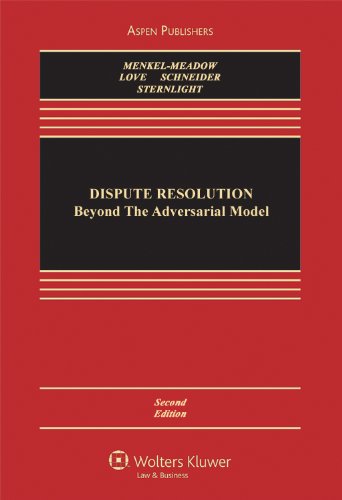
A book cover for Dispute Resolution: Beyond the Adversarial Model, Second Edition (Aspen Casebook Series); Carrie J. Menkel-Meadow; Law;